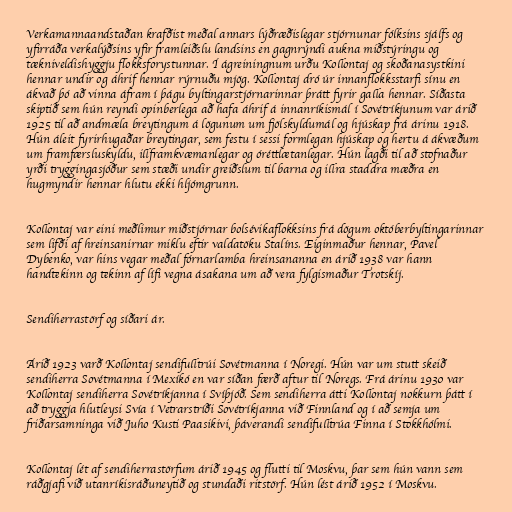
Verkamannaandstaðan krafðist meðal annars lýðræðislegar stjórnunar fólksins sjálfs og
yfirráða verkalýðsins yfir framleiðslu landsins en gagnrýndi aukna miðstýringu og
tækniveldishyggju flokksforystunnar. Í ágreiningnum urðu Kollontaj og skoðanasystkini
hennar undir og áhrif hennar rýrnuðu mjög. Kollontaj dró úr innanflokksstarfi sínu en
ákvað þó að vinna áfram í þágu byltingarstjórnarinnar þrátt fyrir galla hennar. Síðasta
skiptið sem hún reyndi opinberlega að hafa áhrif á innanríkismál í Sovétríkjunum var árið
1925 til að andmæla breytingum á lögunum um fjölskyldumál og hjúskap frá árinu 1918.
Hún áleit fyrirhugaðar breytingar, sem festu í sessi formlegan hjúskap og hertu á ákvæðum
um framfærsluskyldu, illframkvæmanlegar og óréttlætanlegar. Hún lagði til að stofnaður
yrði tryggingasjóður sem stæði undir greiðslum til barna og illra staddra mæðra en
hugmyndir hennar hlutu ekki hljómgrunn.

Kollontaj var eini meðlimur miðstjórnar bolsévikaflokksins frá dögum októberbyltingarinnar
sem lifði af hreinsanirnar miklu eftir valdatöku Stalíns. Eiginmaður hennar, Pavel
Dybenko, var hins vegar meðal fórnarlamba hreinsananna en árið 1938 var hann
handtekinn og tekinn af lífi vegna ásakana um að vera fylgismaður Trotskíj.

Sendiherrastörf og síðari ár.

Árið 1923 varð Kollontaj sendifulltrúi Sovétmanna í Noregi. Hún var um stutt skeið
sendiherra Sovétmanna í Mexíkó en var síðan færð aftur til Noregs. Frá árinu 1930 var
Kollontaj sendiherra Sovétríkjanna í Svíþjóð. Sem sendiherra átti Kollontaj nokkurn þátt í
að tryggja hlutleysi Svía í Vetrarstríði Sovétríkjanna við Finnland og í að semja um
friðarsamninga við Juho Kusti Paasikivi, þáverandi sendifulltrúa Finna í Stokkhólmi.

Kollontaj lét af sendiherrastörfum árið 1945 og flutti til Moskvu, þar sem hún vann sem
ráðgjafi við utanríkisráðuneytið og stundaði ritstörf. Hún lést árið 1952 í Moskvu.